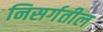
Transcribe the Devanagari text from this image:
निसर्गतील